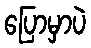
ပြောမှာပဲ